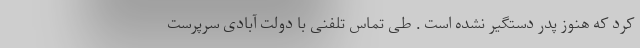
کرد که هنوز پدر دستگیر نشده است . طی تماس تلفنی با دولت آبادی سرپرست